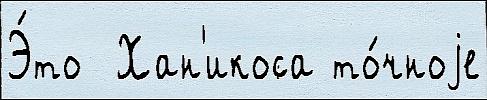
Э́то  Хан'икоса то́чноjе